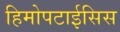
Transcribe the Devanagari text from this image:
हिमोपटाईसिस